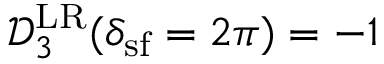
\mathcal { D } _ { 3 } ^ { \mathrm { L R } } ( \delta _ { \mathrm { s f } } = 2 \pi ) = - 1